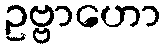
ဥဗ္ဗာဟော